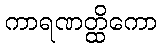
ကာရဏတ္ထိကော